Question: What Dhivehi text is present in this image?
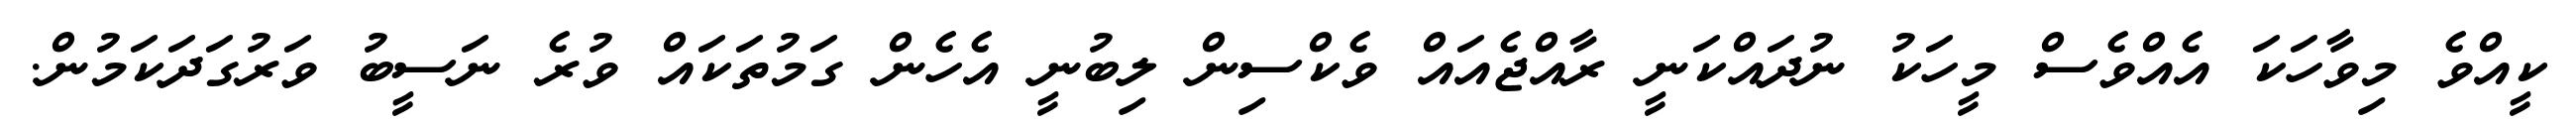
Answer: ކީއްވެ މިވާހަކަ އެއްވެސް މީހަކު ނުދައްކަނީ ރާއްޖެއައް ވެކްސިން ލިބުނީ އެހެން ގަމުތަކައް ވުރެ ނަސީބު ވަރުގަދަކަމުން.